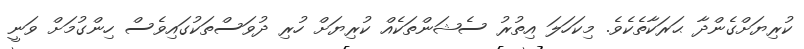
ކުރިޔަށްގެންދާ ޙަރަކާތެކެވެ. މިކަހަލަ އިތުރު ސެޝަންތަކެއް ކުރިޔަށް ހުރި ދުވަސްތަކުގައިވެސް ހިންގުމަށް ވަނީ